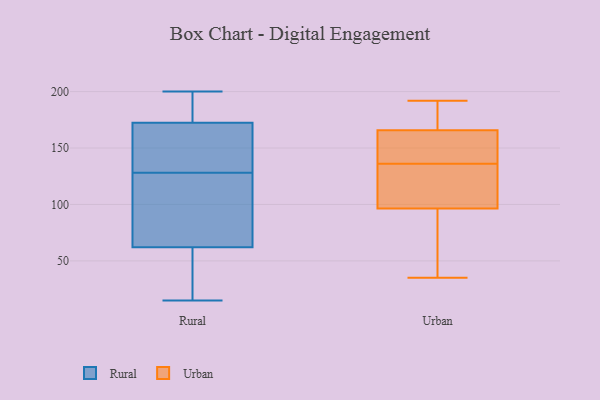
{"axis": {"x": "Satisfaction Score", "y": "Value"}, "legend": ["Rural", "Urban"], "data": [{"x": "", "y": 128, "type": "Rural"}, {"x": "", "y": 143, "type": "Rural"}, {"x": "", "y": 169, "type": "Rural"}, {"x": "", "y": 192, "type": "Rural"}, {"x": "", "y": 40, "type": "Rural"}, {"x": "", "y": 128, "type": "Rural"}, {"x": "", "y": 200, "type": "Rural"}, {"x": "", "y": 111, "type": "Rural"}, {"x": "", "y": 183, "type": "Rural"}, {"x": "", "y": 117, "type": "Rural"}, {"x": "", "y": 170, "type": "Rural"}, {"x": "", "y": 79, "type": "Rural"}, {"x": "", "y": 27, "type": "Rural"}, {"x": "", "y": 180, "type": "Rural"}, {"x": "", "y": 175, "type": "Rural"}, {"x": "", "y": 37, "type": "Rural"}, {"x": "", "y": 45, "type": "Rural"}, {"x": "", "y": 118, "type": "Rural"}, {"x": "", "y": 131, "type": "Rural"}, {"x": "", "y": 15, "type": "Rural"}, {"x": "", "y": 136, "type": "Urban"}, {"x": "", "y": 159, "type": "Urban"}, {"x": "", "y": 154, "type": "Urban"}, {"x": "", "y": 35, "type": "Urban"}, {"x": "", "y": 177, "type": "Urban"}, {"x": "", "y": 95, "type": "Urban"}, {"x": "", "y": 75, "type": "Urban"}, {"x": "", "y": 192, "type": "Urban"}, {"x": "", "y": 168, "type": "Urban"}, {"x": "", "y": 182, "type": "Urban"}, {"x": "", "y": 119, "type": "Urban"}, {"x": "", "y": 101, "type": "Urban"}, {"x": "", "y": 110, "type": "Urban"}, {"x": "", "y": 145, "type": "Urban"}, {"x": "", "y": 87, "type": "Urban"}]}